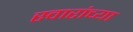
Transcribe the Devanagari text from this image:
स्वारांच्या